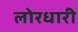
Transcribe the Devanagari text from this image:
लोरधारी